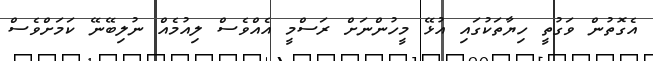
އެގޮތުން ވަގުތީ ހިޔާތަކުގައި އުޅޭ މީހުންނަށް ރަސްމީ އެއްވެސް ލިއުމެއް ނުލިބޭނޭ ކަމަށްވެސް